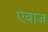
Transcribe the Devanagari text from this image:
एवाज